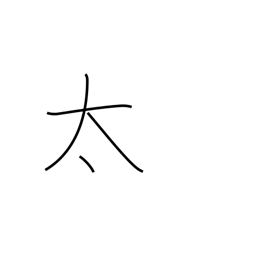
Meaning: thick